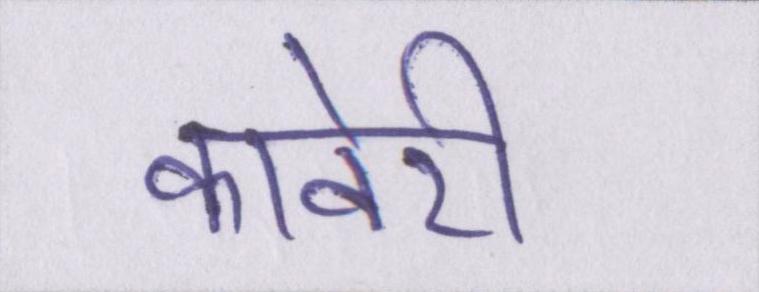
कावेरी